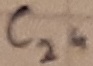
Text: C24